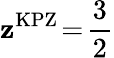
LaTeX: \mathbf{z}^{\mathrm{{KPZ}}}\! =\! \frac{{3}}{{2}}